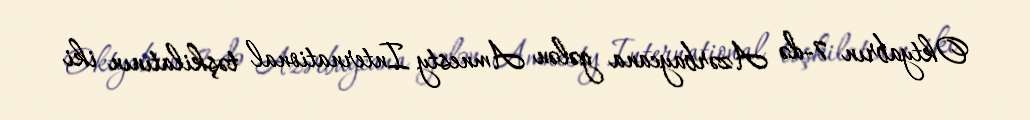
Oktyabrın 7-də Azərbaycana gələn Amnesty International təşkilatının iki